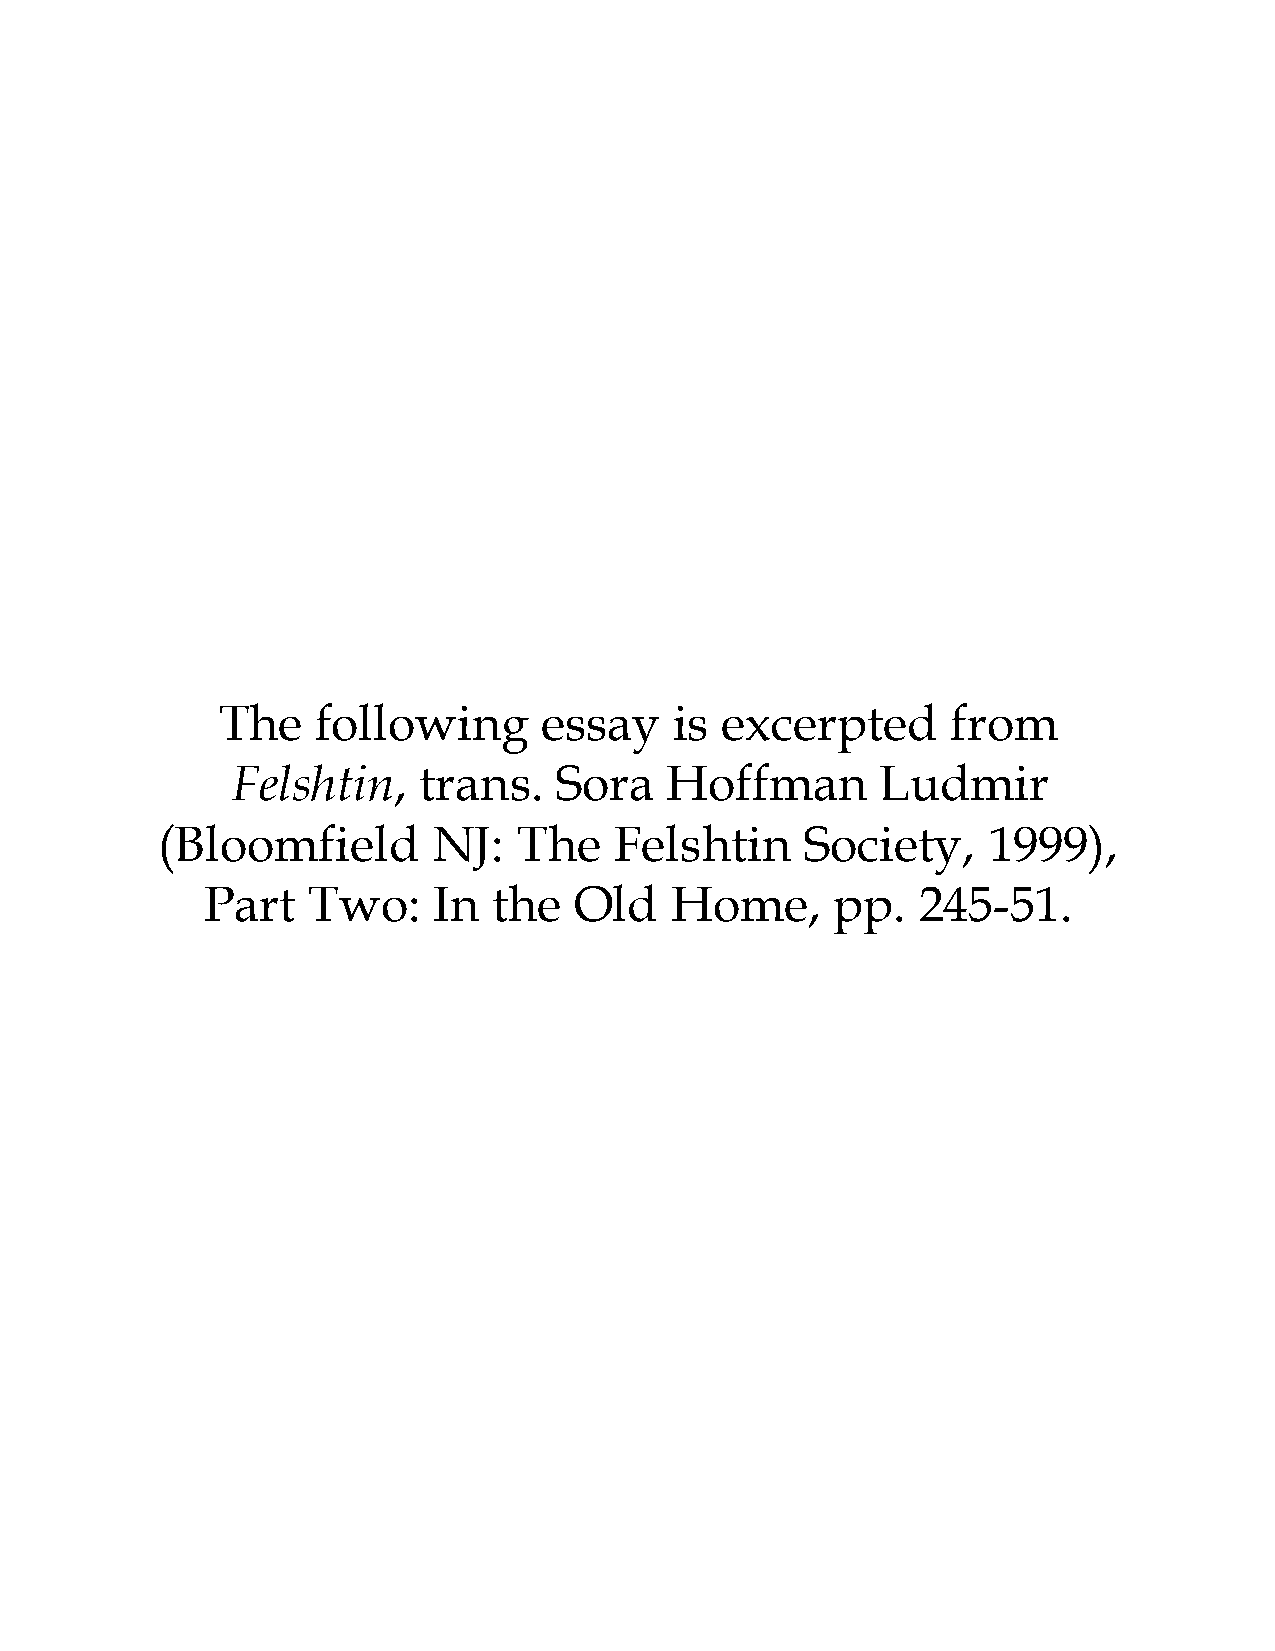
The    following      essay    is excerpted      from
 Felshtin,    trans.   Sora   Hoffman       Ludmir
 (Bloomfield        NJ:  The    Felshtin    Society,    1999),
 Part  Two:     In  the  Old   Home,      pp.   245-51.